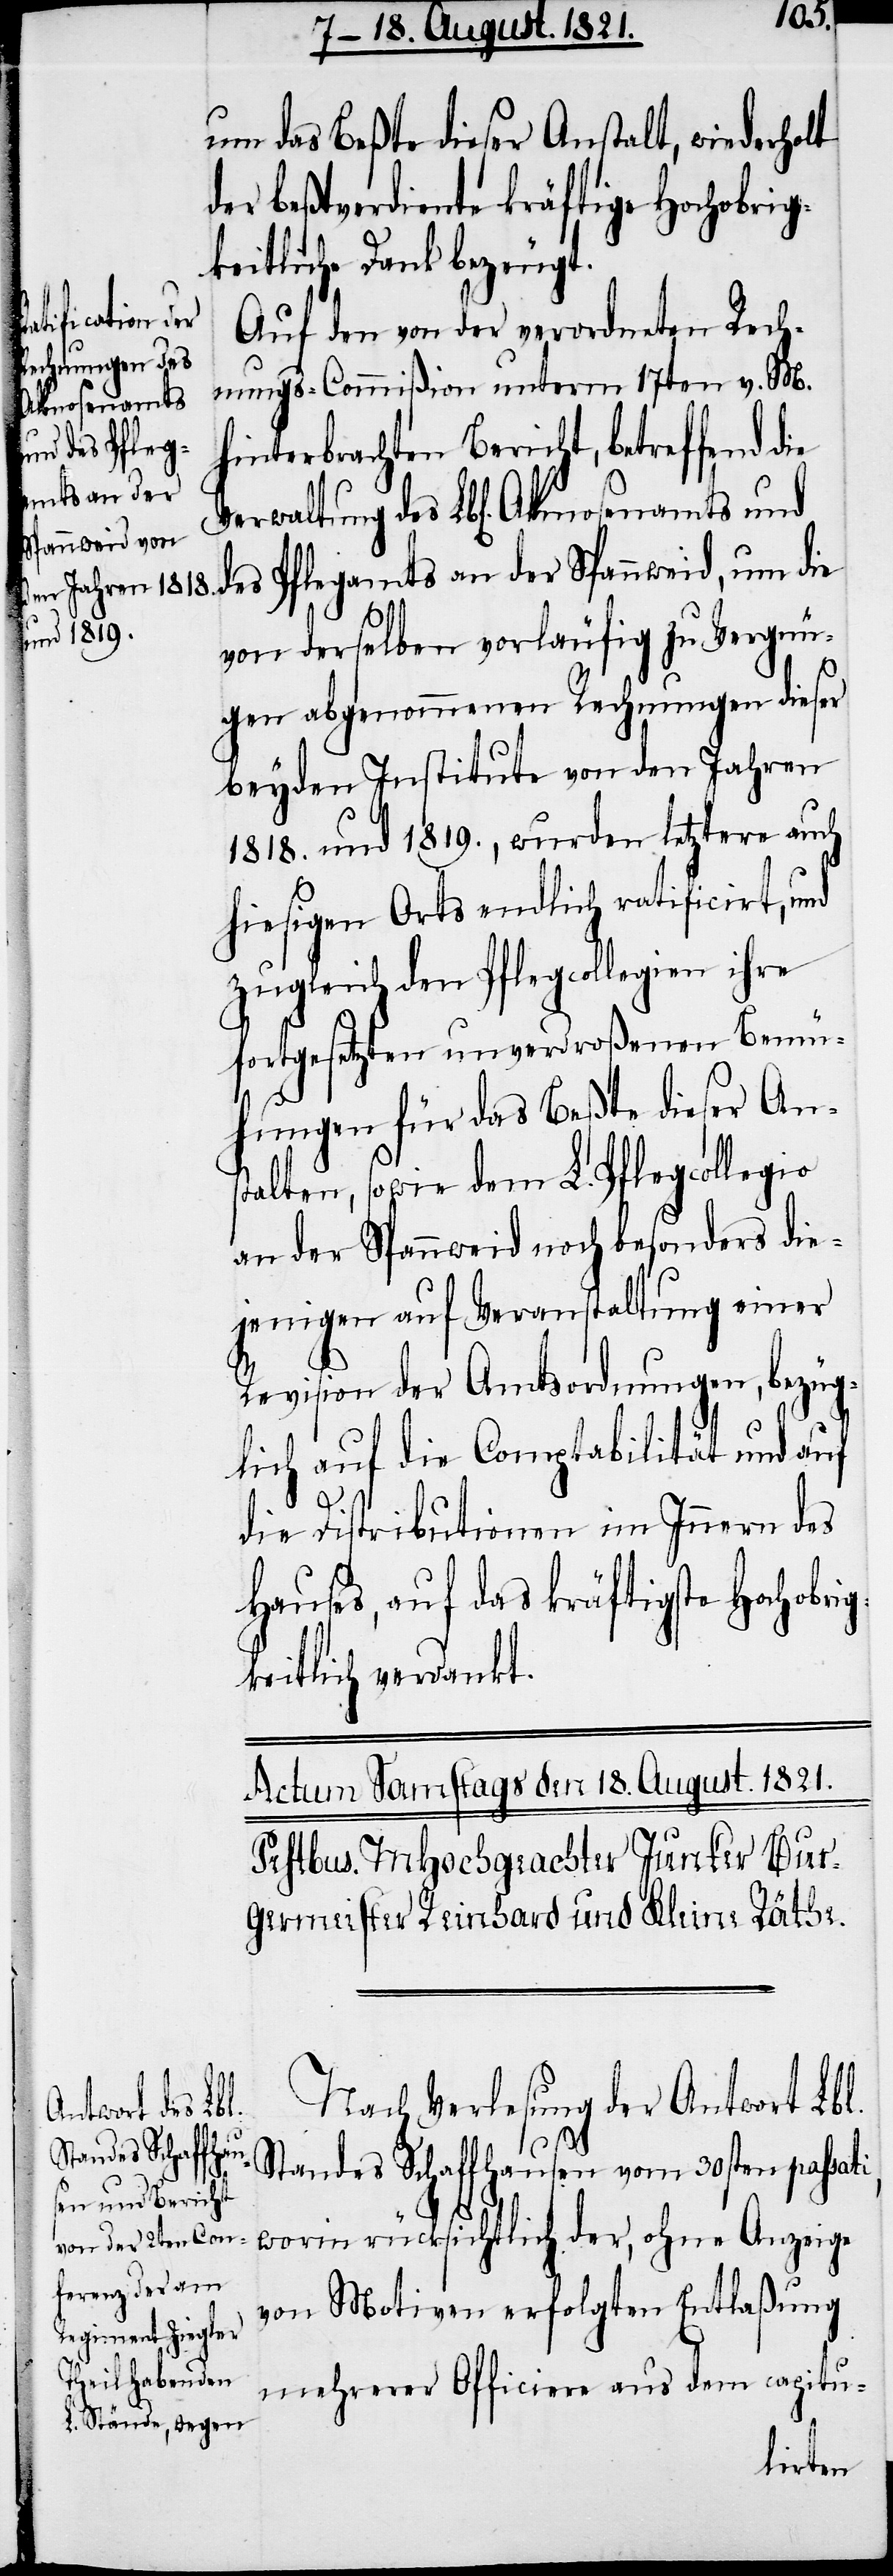
um das Beßte dieser Anstalt, wiederholt
der beßtverdiente kräftige Hochobrig¬
keitliche Dank bezeugt.
Auf den von der verordneten Rech¬
nungs-Commißion unterm 17ten v. M.
hinterbrachten Bericht, betreffend die
Verwaltung des Lbl. Almosenamts und
des Pflegamts an der Spannweid, um die
von derselben vorläufig zu Vergnü¬
gen abgenommenen Rechnungen dieser
beyden Institute von den Jahren
1818. und 1819., wurden letztere auch
hiesigen Orts endlich ratificirt, und
zugleich den Pflegecollegien
fortgesetzten unverdroßenen Bemü¬
hungen für das Beßte dieser Ans¬
talten, sowie dem L. Pflegcollegio
an der Spannweid noch besonders die¬
jenigen auf Veranstaltung einer
Revision der Amtsordnung, bezüg¬
lich auf die Comptabilität und auf
die Distribution im Innern des
Hauses, auf das kräftigste Hochobrig¬
keitlich verdankt.
Nach Verlesung der Antwort Lbl.
Standes Schaffhausen vom 30sten passati,
worin rücksichtlich der, ohne Anzeige
von Motiven erfolgten Entlaßung
mehrerer Officiere aus dem capitu-